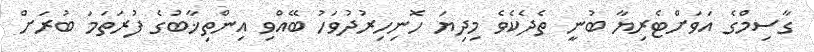
ގާސިމްގެ އަވަށްޓެރިޔާ ބުނީ ތެދެކެވެ މިދިޔަ ހޮނިހިރުދުވަހު ބޭއްވި އިންތިޚާބުގެ ފުރަތަމަ ބުރަށް